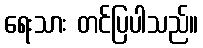
ရေးသား တင်ပြပါသည်။